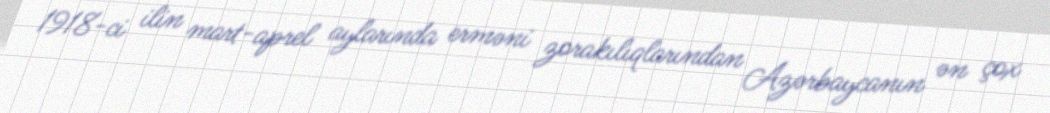
1918-ci ilin mart-aprel aylarında erməni zorakılıqlarından Azərbaycanın ən çox